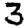
Digit: 3